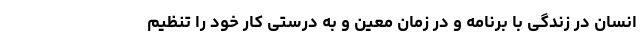
انسان در زندگی با برنامه و در زمان معین و به ‌درستی کار خود را تنظیم